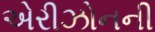
એરીઝોનની